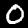
Digit: 0